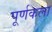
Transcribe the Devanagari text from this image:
पूर्णकला